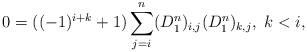
LaTeX: \begin{align*} 0=((-1)^{i+k}+1)\sum_{j=i}^n(D^n_1)_{i,j}(D^n_1)_{k,j}, \ k<i,\end{align*}